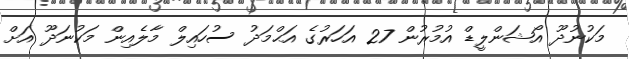
މަކުނުދޫ އޯޝަންލީޑް އުމުރުން 27 އަހަރުގެ އަޙްމަދު ސުހައިލް މާލެއިން މަކުނަދޫ އަށް